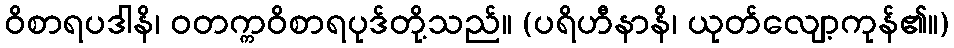
ဝိစာရပဒါနိ၊ ဝတက္ကဝိစာရပုဒ်တို့သည်။ (ပရိဟီနာနိ၊ ယုတ်လျော့ကုန်၏။)